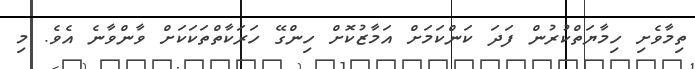
ތިމާވެށި ހިމާޔަތްކުރުން ފަދަ ކަންކަމަށް އަމާޒުކޮށް ހިންގޭ ހަރަކާތްތަކަކަށް ވާންވާނެ އެވެ. މި